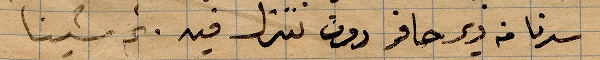
سرنا في دير صافو دون ننزل فيه. ثم مشينا